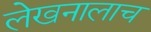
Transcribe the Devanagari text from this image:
लेखनालाच